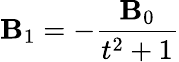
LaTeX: \mathbf{B}_{1}=-\frac{{\mathbf{B}_{0}}}{{t^{2}+1}}